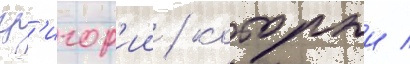
гр'игор'ии / которыи /